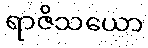
ရာဇိသယော